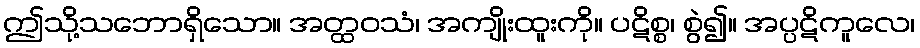
ဤသို့သဘောရှိသော။ အတ္ထဝသံ၊ အကျိုးထူးကို။ ပဋိစ္စ၊ စွဲ၍။ အပ္ပဋိကူလေ၊